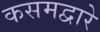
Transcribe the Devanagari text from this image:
कसमद्वारे